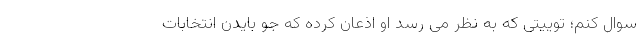
سوال کنم؛ توییتی که به نظر می رسد او اذعان کرده که جو بایدن انتخابات